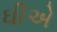
ઘીએ